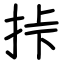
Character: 挊